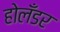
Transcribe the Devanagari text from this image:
होलँडर